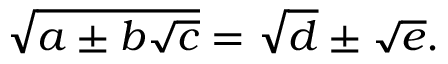
{ \sqrt { a \pm b { \sqrt { c } } } } = { \sqrt { d } } \pm { \sqrt { e } } .